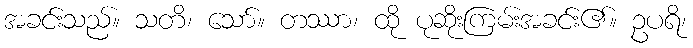
အခင်းသည်။ သတိ၊ သော်။ တဿာ၊ ထို ပုဆိုးကြမ်းအခင်း၏။ ဥပရိ၊